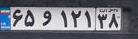
۶۵و۱۲۱۳۸